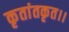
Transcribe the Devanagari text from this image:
कृतांतकृत।।